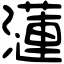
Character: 𤂍